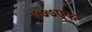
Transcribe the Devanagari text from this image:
७७७एफ